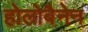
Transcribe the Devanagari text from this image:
होलोबैनेन